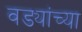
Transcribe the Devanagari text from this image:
वड्यांच्या